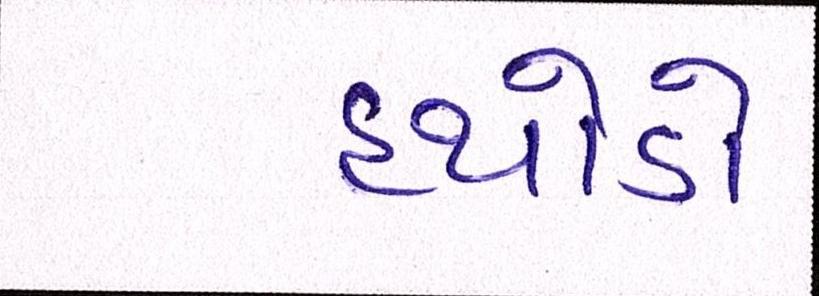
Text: હથોડો